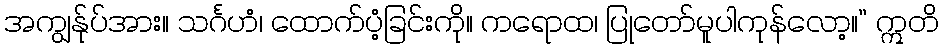
အကျွန်ုပ်အား။ သင်္ဂဟံ၊ ထောက်ပံ့ခြင်းကို။ ကရောထ၊ ပြုတော်မူပါကုန်လော့။” ဣတိ